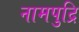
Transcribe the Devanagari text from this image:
नामपुद्रि